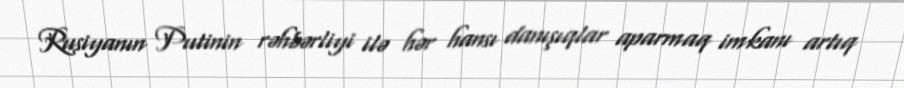
Rusiyanın Putinin rəhbərliyi ilə hər hansı danışıqlar aparmaq imkanı artıq